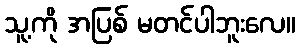
သူ့ကို အပြစ် မတင်ပါဘူးလေ။